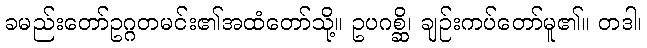
ခမည်းတော်ဥဂ္ဂတမင်း၏အထံတော်သို့။ ဥပဂစ္ဆိ၊ ချဉ်းကပ်တော်မူ၏။ တဒါ၊